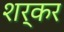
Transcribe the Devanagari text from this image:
शर्कर